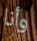
وأنا